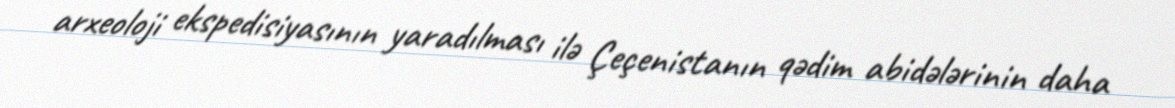
arxeoloji ekspedisiyasının yaradılması ilə Çeçenistanın qədim abidələrinin daha